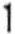
1